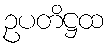
ဥပတိဋ္ဌထ